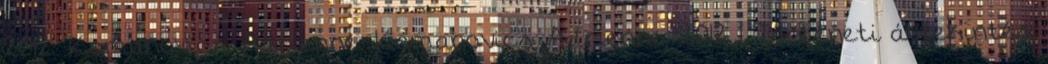
2012. Komanovics Adrienne. Komanovics Adrienne, 2012 1 Történeti áttekintés